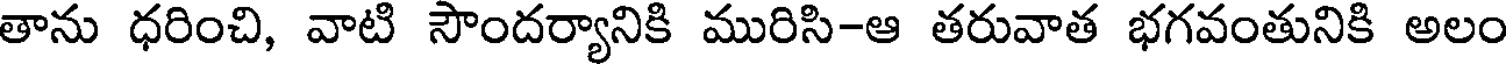
తాను ధరించి, వాటి సౌందర్యానికి మురిసి-ఆ తరువాత భగవంతునికి అలం